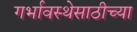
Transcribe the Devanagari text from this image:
गर्भावस्थेसाठीच्या